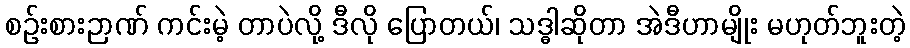
စဉ်းစားဉာဏ် ကင်းမဲ့ တာပဲလို့ ဒီလို ပြောတယ်၊ သဒ္ဓါဆိုတာ အဲဒီဟာမျိုး မဟုတ်ဘူးတဲ့